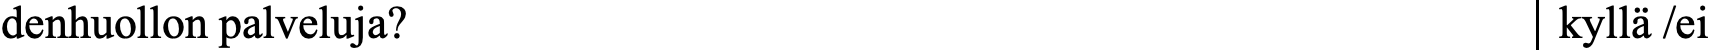
denhuollon palveluja?                              kyllä /ei